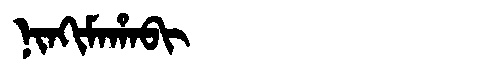
Manchu: ᠨᡳᠨᡴᡳᠮᠠᡥᠠᠪᡳ
Romanization: NINKIMAHABI